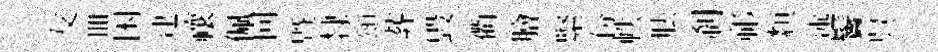
友皿困逮禳佩回暨隸頌葬毁衢膾緊份帙胠刹祁纇述鬢呉